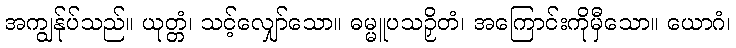
အကျွန်ုပ်သည်။ ယုတ္တံ၊ သင့်လျှော်သော။ ဓမ္မူပသဉှိတံ၊ အကြောင်းကိုမှီသော။ ယောဂံ၊